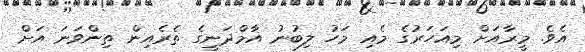
އެވެ. މީރާއަށް މިއަހަރުގެ މެއި މަހު ލިބުނު އާމްދަނީގެ ތެރެއިން ތިންވަނަ އަށް